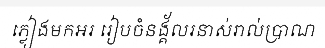
ភ្លៀងមកអរ រៀបចំនង្គ័លរនាស់រាល់ប្រាណ